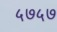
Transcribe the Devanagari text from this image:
५७५७